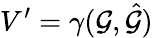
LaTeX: V^{\prime}=\gamma(\mathcal{G},\hat{\mathcal{G}})